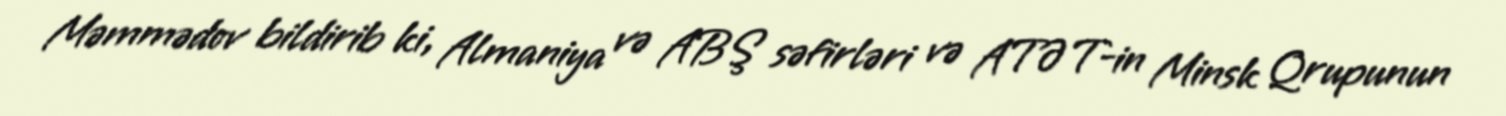
Məmmədov bildirib ki, Almaniya və ABŞ səfirləri və ATƏT-in Minsk Qrupunun